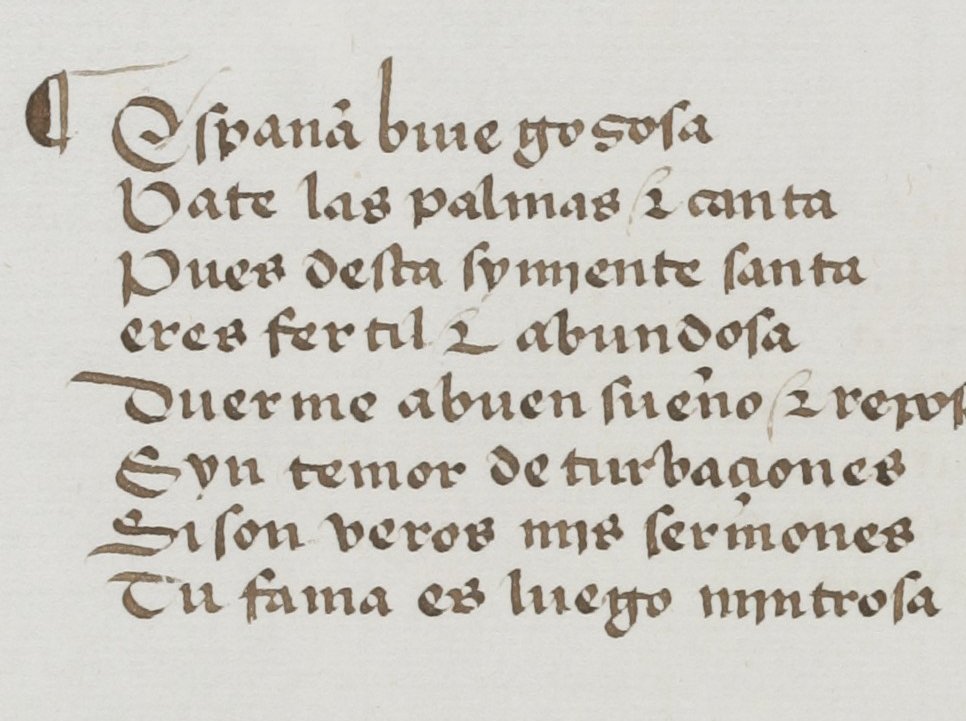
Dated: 1455–1485